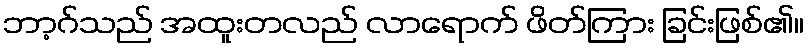
ဘာ့ဂ်သည် အထူးတလည် လာရောက် ဖိတ်ကြား ခြင်းဖြစ်၏။